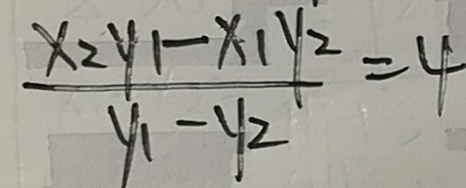
\frac { x _ { 2 } y _ { 1 } - x _ { 1 } y _ { 2 } } { y _ { 1 } - y _ { 2 } } = 4